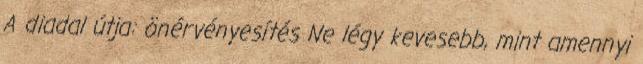
A diadal útja: önérvényesítés Ne légy kevesebb, mint amennyi